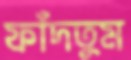
ফাঁদতুম